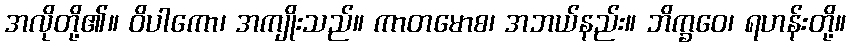
အလိုတို့၏။ ဝိပါကော၊ အကျိုးသည်။ ကာတမောစ၊ အဘယ်နည်း။ ဘိက္ခဝေ၊ ရဟန်းတို့။